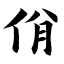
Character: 佾